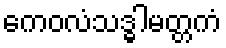
ကေဝလံသဒ္ဓါမတ္တကံ